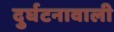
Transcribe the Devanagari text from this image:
दुर्घटनावाली